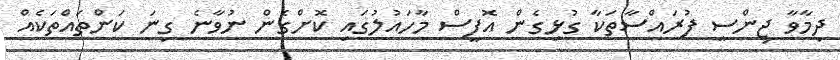
ދިމާވާ ޖިންސީ ފުރައްސާތަކާ ގުޅިގެން އޮފީސް މާހައުލުގައި ކޮށްގެން ނުވާނެ ގިނަ ކަންތައްތަކެއް